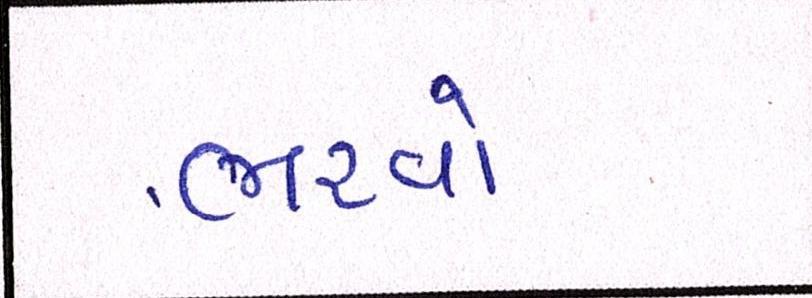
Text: ભરાવોઃ